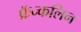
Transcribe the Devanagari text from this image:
फ्रॅन्कलिन